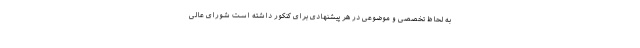
به لحاظ تخصصی و موضوعی در هر پیشنهادی برای کنکور داشته است شورای عالی